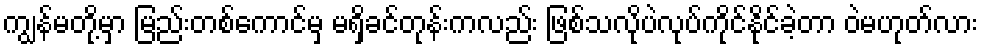
ကျွန်မတို့မှာ မြည်းတစ်ကောင်မှ မရှိခင်တုန်းကလည်း ဖြစ်သလိုပဲလုပ်ကိုင်နိုင်ခဲ့တာ ဝဲမဟုတ်လား